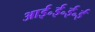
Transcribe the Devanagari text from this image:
आई॰ई॰ई॰ई